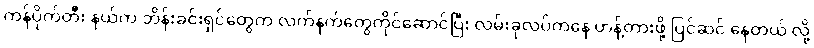
ကန်ပိုက်တီး နယ်က ဘိန်းခင်းရှင်တွေက လက်နက်တွေကိုင်ဆောင်ပြီး လမ်းခုလပ်ကနေ ဟန့်တားဖို့ ပြင်ဆင် နေတယ် လို့